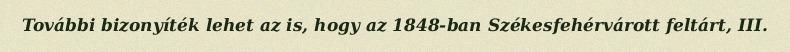
További bizonyíték lehet az is, hogy az 1848-ban Székesfehérvárott feltárt, III.